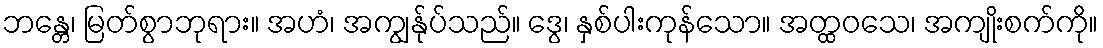
ဘန္တေ၊ မြတ်စွာဘုရား။ အဟံ၊ အကျွန်ုပ်သည်။ ဒွေ၊ နှစ်ပါးကုန်သော။ အတ္ထဝသေ၊ အကျိုးစက်ကို။